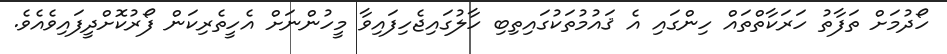
ހޯދުމަށް ތަފާތު ހަރަކާތްތައް ހިންގައި އެ ޤައުމުތަކުގައިތިބި ހާލުގައިޖެހިފައިވާ މީހުންނަށް އެހީތެރިކަން ފޯރުކޮށްދީފައިވެއެވެ.